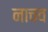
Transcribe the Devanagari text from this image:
नाचव